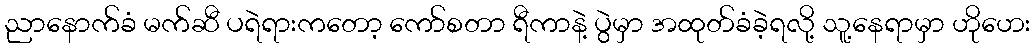
ညာနောက်ခံ မက်ဆီ ပရဲရားကတော့ ကော်စတာ ရီကာနဲ့ ပွဲမှာ အထုတ်ခံခဲ့ရလို့ သူ့နေရာမှာ ဟိုဟေး